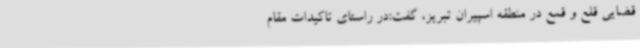
قضایی قلع و قمع در منطقه اسپیران تبریز، گفت:در راستای تاکیدات مقام